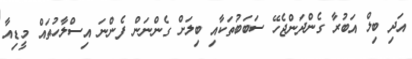
އަދި ބިލް އަބުރާ ގެންދަންޖެހޭ ސަބަބުތަކާއި ބިލަށް ގެންނަން ފެންނަ އިސްލާހުތައް މީޑިއާ